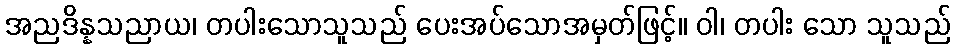
အညဒိန္နသညာယ၊ တပါးသောသူသည် ပေးအပ်သောအမှတ်ဖြင့်။ ဝါ၊ တပါး သော သူသည်